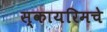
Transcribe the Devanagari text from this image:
स्कायरिमचे